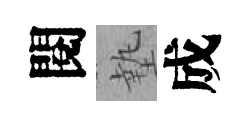
閱墊成